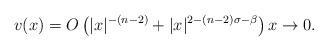
LaTeX: \begin{align*} v(x)=O\left(|x|^{-(n-2)}+|x|^{2-(n-2)\sigma-\beta}\right) x\to 0. \end{align*}